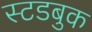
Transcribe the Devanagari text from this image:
स्टडबुक